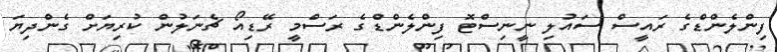
ފިންލެންޑްގެ ރައީސް ސައުލި ނީނިސްޓޮ ފިންލެންޑްގެ ރަސްމީ ރޭޑިއޯ ޗެނަލުން ކުރިޔަށް ގެންދިޔަ